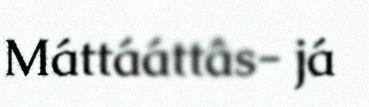
Máttááttâs- já